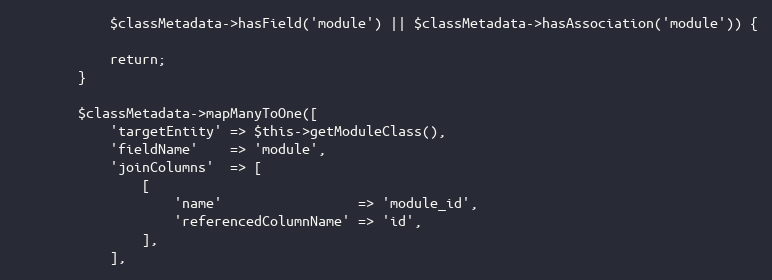
Language: PHP
            $classMetadata->hasField('module') || $classMetadata->hasAssociation('module')) {

            return;
        }

        $classMetadata->mapManyToOne([
            'targetEntity' => $this->getModuleClass(),
            'fieldName'    => 'module',
            'joinColumns'  => [
                [
                    'name'                 => 'module_id',
                    'referencedColumnName' => 'id',
                ],
            ],